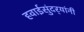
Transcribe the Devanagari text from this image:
हवाईसुंदर्‍यांंनी